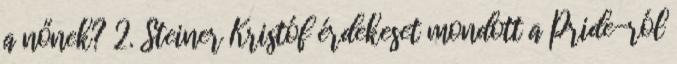
a nőnek? 2. Steiner Kristóf érdekeset mondott a Pride-ról